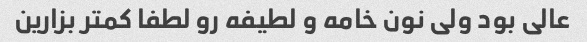
عالی بود ولی نون خامه و لطیفه رو لطفا کمتر بزارین